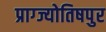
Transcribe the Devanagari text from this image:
प्राग्ज्योतिषपुर